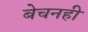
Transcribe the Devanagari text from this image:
बेचनही